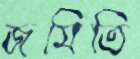
জমিতি